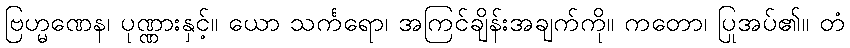
ဗြဟ္မဏေန၊ ပုဏ္ဏားနှင့်။ ယော သင်္ကရော၊ အကြင်ချိန်းအချက်ကို။ ကတော၊ ပြုအပ်၏။ တံ